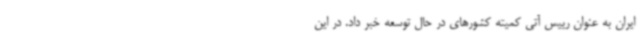
ایران به عنوان رییس آتی کمیته کشورهای در حال توسعه خبر داد. در این